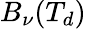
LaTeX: B_{\nu}(T_{d})